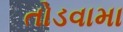
તોડવામા